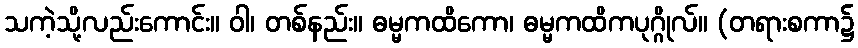
သကဲ့သို့လည်းကောင်း။ ဝါ၊ တစ်နည်း။ ဓမ္မကထိကော၊ ဓမ္မကထိကပုဂ္ဂိုလ်။ (တရားစကာ၌